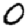
Digit: 0